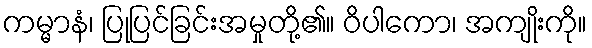
ကမ္မာနံ၊ ပြုပြင်ခြင်းအမှုတို့၏။ ဝိပါကော၊ အကျိုးကို။